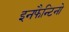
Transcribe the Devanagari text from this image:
इनफैन्टिनो